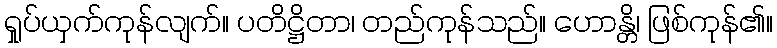
ရှုပ်ယှက်ကုန်လျက်။ ပတိဋ္ဌိတာ၊ တည်ကုန်သည်။ ဟောန္တိ၊ ဖြစ်ကုန်၏။